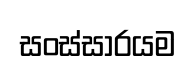
සංස්සාරයම